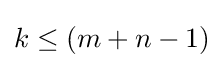
k\leq (m+n-1)